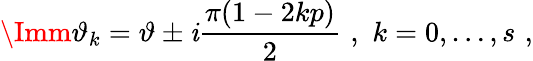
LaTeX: \Imm\vartheta_{k}=\vartheta\pm\mathit{i}\frac{{\pi(1-2kp)}}{{2}}\, \, ,\, \, k=0,\ldots,s\, \, ,